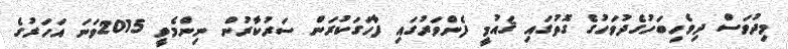
މިދުވަސް ދިވެހިބަހުގެދުވަހުގެ ގޮތުގައި ޤައުމީ ފެންވަރުގައި ފާހަގަކުރަން ސަރުކާރުން ނިންމެވީ 2015ވަނަ އަހަރުގެ